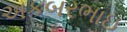
અકબરભાઇ